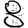
Digit: 8